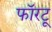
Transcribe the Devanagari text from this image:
फॉरटू